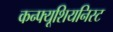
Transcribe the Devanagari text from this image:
कन्फ्यूशियनिस्ट